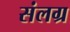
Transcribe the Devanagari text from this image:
संलग्र